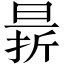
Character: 䁀